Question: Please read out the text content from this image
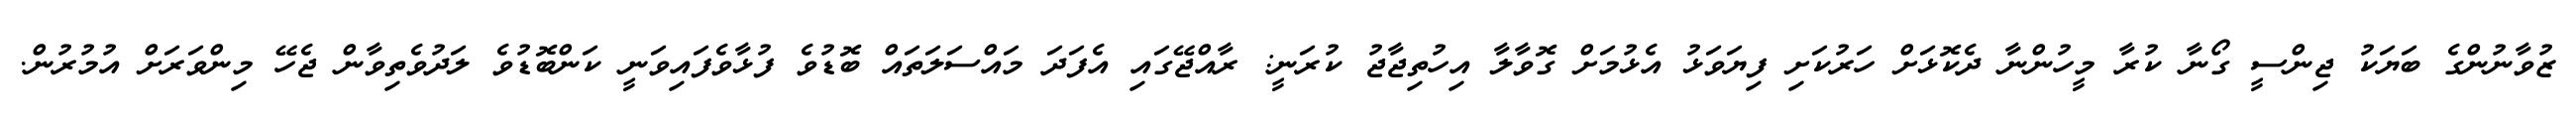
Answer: ޒުވާނުންގެ ބަޔަކު ޖިންސީ ގޯނާ ކުރާ މީހުންނާ ދެކޮޅަށް ހަރުކަށި ފިޔަވަޅު އެޅުމަށް ގޮވާލާ އިހުތިޖާޖު ކުރަނީ: ރާއްޖޭގައި އެފަދަ މައްސަލަތައް ބޮޑުވެ ފުޅާވެފައިވަނީ ކަންބޮޑުވެ ލަދުވެތިވާން ޖެހޭ މިންވަރަށް އުމުރުން.